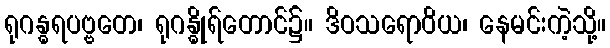
ရုဂန္ဓရပဗ္ဗတေ၊ ရုဂန္ဓိုရ်တောင်၌။ ဒိဝသရောဝိယ၊ နေမင်းကဲ့သို့။